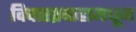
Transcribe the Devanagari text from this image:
विचारप्रवाहामधून